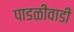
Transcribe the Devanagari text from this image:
पाडळीवाडी